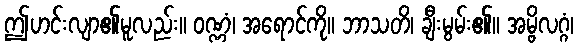
ဤဟင်းလျာ၏မူလည်း။ ဝဏ္ဏံ၊ အရောင်ကို။ ဘာသတိ၊ ချီးမွမ်း၏။ အမ္ဗိလဂ္ဂံ၊